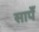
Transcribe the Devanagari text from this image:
सापँ